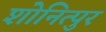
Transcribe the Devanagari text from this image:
शोनित्पुर